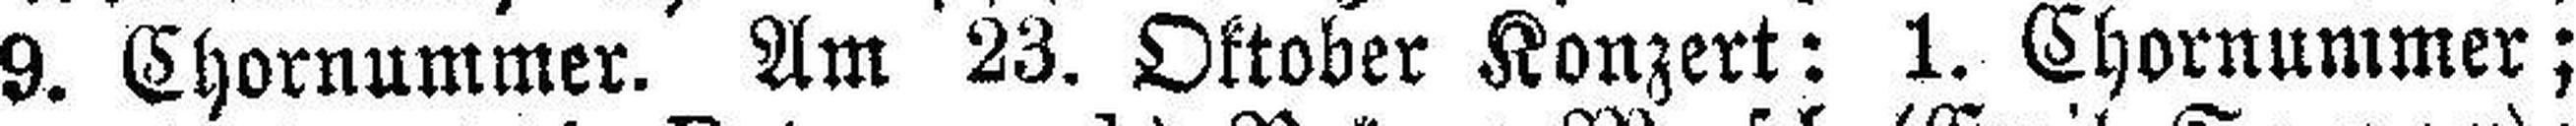
9. Chornummer. Am 23. Oktober Konzert: 1. Chornummer;